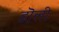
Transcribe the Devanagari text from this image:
डॊली